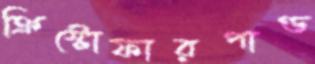
ক্রিস্টোফারপাণ্ড